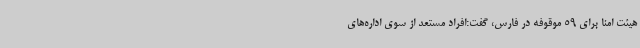
هیئت امنا برای 59 موقوفه در فارس، گفت:افراد مستعد از سوی اداره‌های